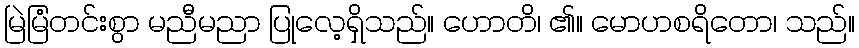
မြဲမြံတင်းစွာ မညီမညာ ပြုလေ့ရှိသည်။ ဟောတိ၊ ၏။ မောဟစရိတော၊ သည်။